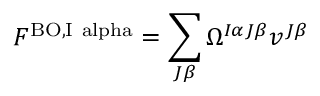
F ^ { \mathrm { { B O , } I \ a l p h a } } = \sum _ { J \beta } \Omega ^ { I \alpha J \beta } v ^ { J \beta }